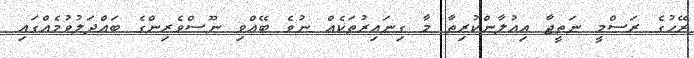
ރޭހުގެ ރަސްމީ ނަތީޖާ އިއުލާންކުރިތާ މާ ގިނައިރުތަކެއް ނުވެ ބޭއްވި ނޫސްވެރިންގެ ބައްދަލުވުމެއްގައި